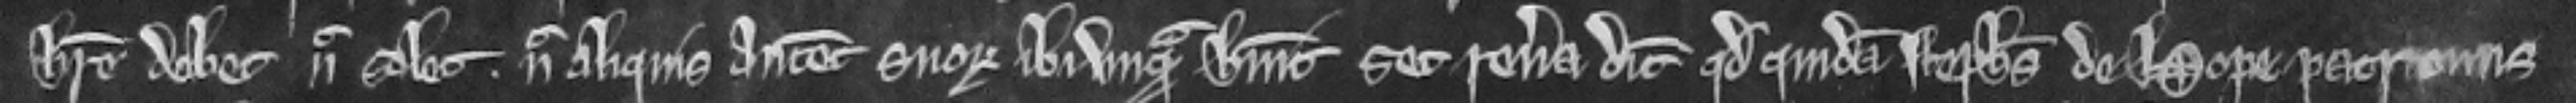
habere debet nec solet. nec aliquis antecessorum suorum ibi vnquam habuit set reuera dicit quod quidam Stephanus de Hope patronus